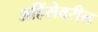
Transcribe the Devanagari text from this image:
अहिंसेवरील